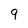
Character: 9